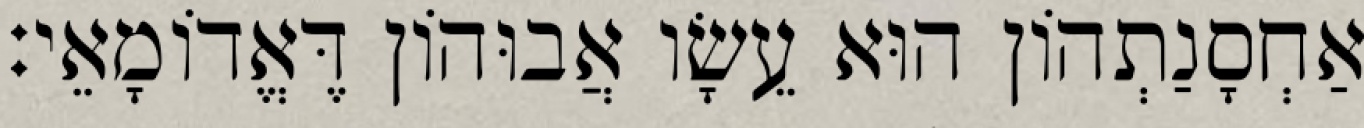
אַחְסָנַתְהוֹן הוּא עֵשָׂו אֲבוּהוֹן דֶּאֱדוֹמָאֵי׃